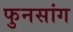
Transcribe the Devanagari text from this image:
फुनसांग